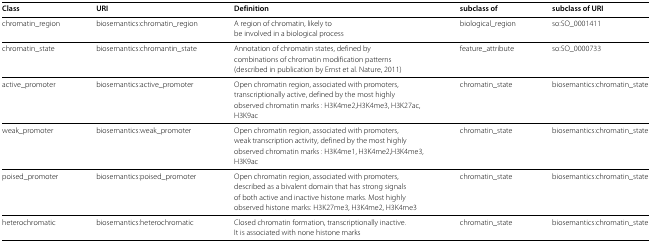
<table><thead><tr><td><b>Class</b></td><td><b>URI</b></td><td><b>Definition</b></td><td><b>subclass of</b></td><td><b>subclass of URI</b></td></tr></thead><tbody><tr><td>chromatin_region</td><td>biosemantics:chromatin_region</td><td>A region of chromatin, likely to</td><td>biological_region</td><td>so:SO_0001411</td></tr><tr><td></td><td></td><td>be involved in a biological process</td><td></td><td></td></tr><tr><td>chromatin_state</td><td>biosemantics:chromantin_state</td><td>Annotation of chromatin states, defined by</td><td>feature_attribute</td><td>so:SO_0000733</td></tr><tr><td></td><td></td><td>combinations of chromatin modification patterns</td><td></td><td></td></tr><tr><td></td><td></td><td>(described in publication by Ernst et al. Nature, 2011)</td><td></td><td></td></tr><tr><td>active_promoter</td><td>biosemantics:active_promoter</td><td>Open chromatin region, associated with promoters,</td><td>chromatin_state</td><td>biosemantics:chromatin_state</td></tr><tr><td></td><td></td><td>transcriptionally active, defined by the most highly</td><td></td><td></td></tr><tr><td></td><td></td><td>observed chromatin marks : H3K4me2,H3K4me3, H3K27ac,</td><td></td><td></td></tr><tr><td></td><td></td><td>H3K9ac</td><td></td><td></td></tr><tr><td>weak_promoter</td><td>biosemantics:weak_promoter</td><td>Open chromatin region, associated with promoters,</td><td>chromatin_state</td><td>biosemantics:chromatin_state</td></tr><tr><td></td><td></td><td>weak transcription activity, defined by the most highly</td><td></td><td></td></tr><tr><td></td><td></td><td>observed chromatin marks : H3K4me1, H3K4me2,H3K4me3,</td><td></td><td></td></tr><tr><td></td><td></td><td>H3K9ac</td><td></td><td></td></tr><tr><td>poised_promoter</td><td>biosemantics:poised_promoter</td><td>Open chromatin region, associated with promoters,</td><td>chromatin_state</td><td>biosemantics:chromatin_state</td></tr><tr><td></td><td></td><td>described as a bivalent domain that has strong signals</td><td></td><td></td></tr><tr><td></td><td></td><td>of both active and inactive histone marks. Most highly</td><td></td><td></td></tr><tr><td></td><td></td><td>observed histone marks: H3K27me3, H3K4me2, H3K4me3</td><td></td><td></td></tr><tr><td>heterochromatic</td><td>biosemantics:heterochromatic</td><td>Closed chromatin formation, transcriptionally inactive.</td><td>chromatin_state</td><td>biosemantics:chromatin_state</td></tr><tr><td></td><td></td><td>It is associated with none histone marks</td><td></td><td></td></tr></tbody></table>